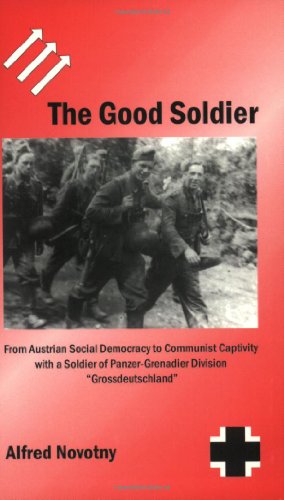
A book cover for The Good Soldier: From Austrian Social Democracy to Communist Captivity with a Soldier of Panzer-Grenadier Division "Grossdeutschland"; Alfred Novotny; History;